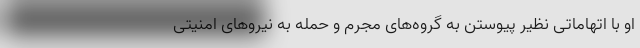
او با اتهاماتی نظیر پیوستن به گروه‌های مجرم و حمله به نیروهای امنیتی